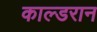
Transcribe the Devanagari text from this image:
काल्डरान